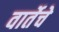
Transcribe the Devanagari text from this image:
वार्तेचे